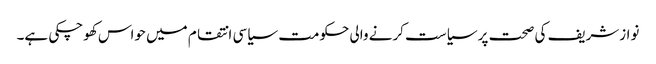
نوازشریف کی صحت پر سیاست کرنے والی حکومت سیاسی انتقام میں حواس کھوچکی ہے۔